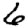
Digit: 6